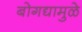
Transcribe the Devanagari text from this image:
बोगद्यामुळे